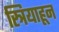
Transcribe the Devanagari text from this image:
स्त्रियाहून